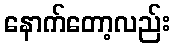
နောက်တော့လည်း